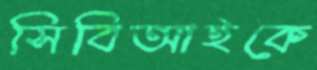
সিবিআইকে